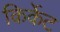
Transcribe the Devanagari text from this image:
किर्केट